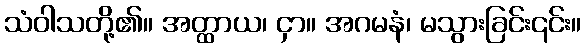
သံဝါသတို့၏။ အတ္ထာယ၊ ငှာ။ အဂမနံ၊ မသွားခြင်း၎င်း။